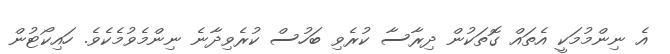
އެ ނިންމުމަކީ އެތައް ގޮތަކުން ދިރާސާ ކުރެވި ބަހުސް ކުރެވިދާނެ ނިންމެވުމެކެވެ. ހައިކޯޓުން